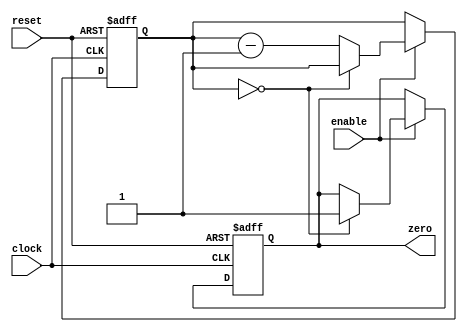
module Binary_Down_Counter_with_Enable (
  input wire enable,
  input wire clock,
  input wire reset,
  output reg zero
);

reg [7:0] count;

always @(posedge clock or negedge reset) begin
  if (reset == 0) begin
    count <= 8'hFF;
    zero <= 0;
  end else begin
    if (enable == 1) begin
      if (count == 0) begin
        zero <= 1;
      end else begin
        count <= count - 1;
      end
    end
  end
end

endmodule